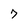
Character: 7